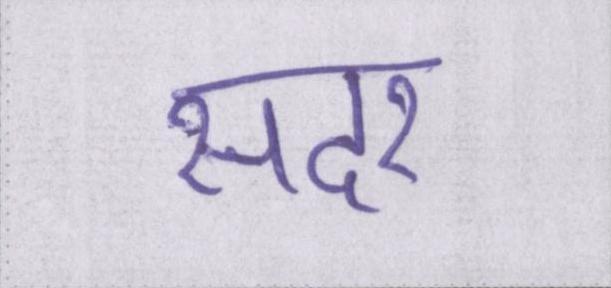
सदर